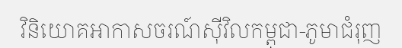
វិនិយោគអាកាសចរណ៍ស៊ីវិលកម្ពុជា-ភូមាជំរុញ